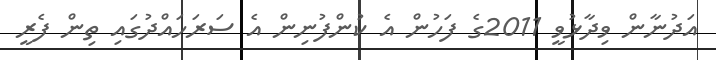
އަދުނާން ވިދާޅުވީ 2011ގެ ފަހުން އެ ކުންފުނިން އެ ސަރަހައްދުގައި ތިން ފެރީ